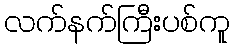
လက်နက်ကြီးပစ်ကူ